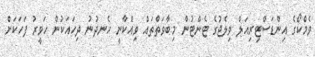
ވެމްކޯގެ އިންޑަސްޓިރިއަލް ވިލެޖުގެ ޓެންޓުން މިބާވަތްތައް ވިއްކާނީ ހެނދުނު ދިހައަކުން ހަވީރު ފަހަކަށް